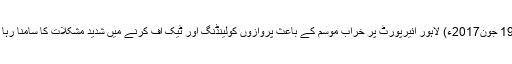
19 جون2017ء) لاہور ائیرپورٹ پر خراب موسم کے باعث پروازوں کولینڈنگ اور ٹیک آف کرنے میں شدید مشکلات کا سامنا رہا ۔